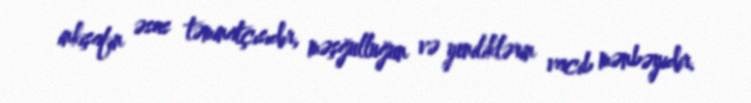
inkişafın əsas təminatçısıdır, məşğulluğun və yeniliklərin vacib mənbəyidir.